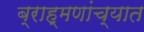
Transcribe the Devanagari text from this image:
ब्राह्मणांच्यात